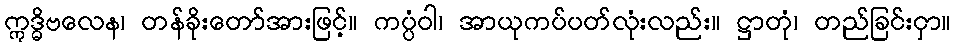
ဣဒ္ဓိဗလေန၊ တန်ခိုးတော်အားဖြင့်။ ကပ္ပံဝါ၊ အာယုကပ်ပတ်လုံးလည်း။ ဋ္ဌာတုံ၊ တည်ခြင်းငှာ။